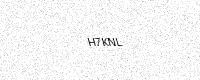
Text: H7KNL